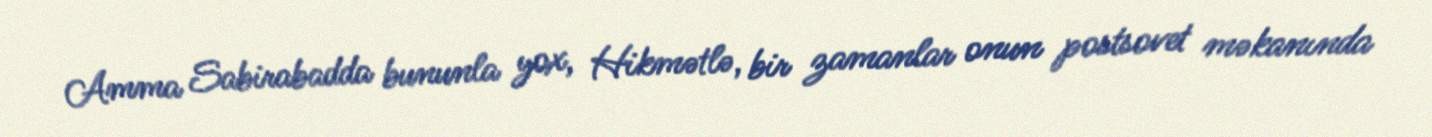
Amma Sabirabadda bununla yox, Hikmətlə, bir zamanlar onun postsovet məkanında